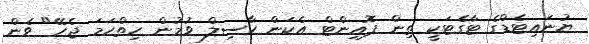
ޔުނައިޓެޑްގެ ޓާގެޓަކީ ތިން ޕޮއިންޓް އެކަން ހާސިލް ވުމުން ހިތްހަމަ ޖެހޭ" ވެން